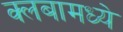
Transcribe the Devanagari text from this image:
क्लबामध्ये